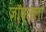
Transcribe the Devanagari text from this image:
जॉब्सला